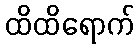
ထိထိရောက်